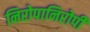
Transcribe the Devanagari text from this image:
निरोपानिरोपी